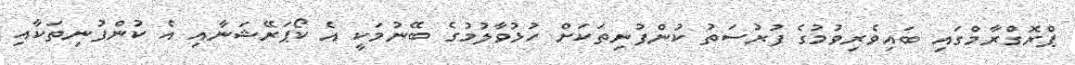
ޕްރޮގްރާމްގައި ބައިވެރިވުމުގެ ފުރުސަތު ކުންފުނިތަކަށް ހުޅުވާލުމުގެ ބޭނުމަކީ އެ ކޯޕަރޭޝަނާއި އެ ކުންފުނިތަކާއި